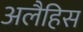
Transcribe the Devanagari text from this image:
अलैहिस